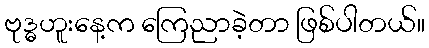
ဗုဒ္ဓဟူးနေ့က ကြေညာခဲ့တာ ဖြစ်ပါတယ်။